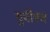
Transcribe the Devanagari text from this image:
युपीएन